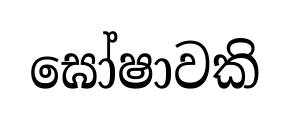
ඝෝෂාවකි